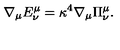
\nabla _ { \mu } E _ { \nu } ^ { \mu } = \kappa ^ { 4 } \nabla _ { \mu } \Pi _ { \nu } ^ { \mu } .